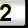
Digit: 2